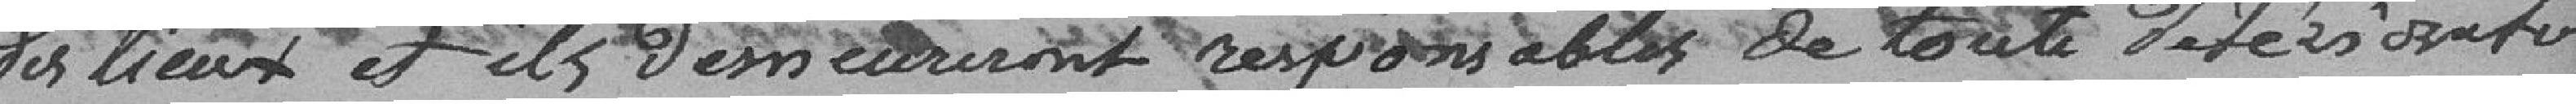
des lieux et ils demeureront responsables de toute détérioration